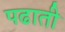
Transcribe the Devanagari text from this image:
पढाती